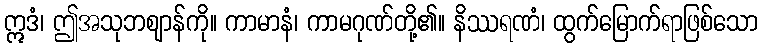
ဣဒံ၊ ဤအသုဘဈာန်ကို။ ကာမာနံ၊ ကာမဂုဏ်တို့၏။ နိဿရဏံ၊ ထွက်မြောက်ရာဖြစ်သော